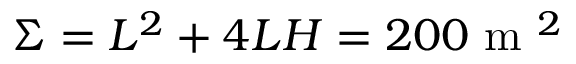
\Sigma = L ^ { 2 } + 4 L H = 2 0 0 \mathrm { ~ m ~ } ^ { 2 }